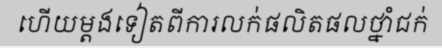
ហើយម្តងទៀតពីការលក់ផលិតផលថ្នាំជក់